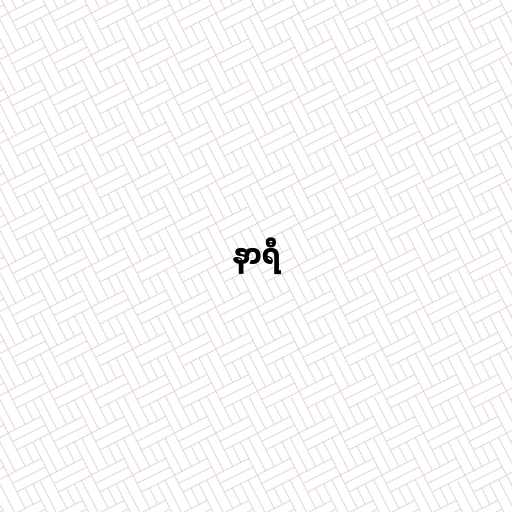
နာရီ